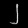
Digit: ၂